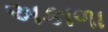
અકાળા